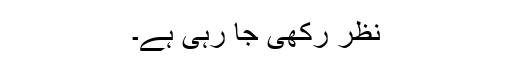
نظر رکھی جا رہی ہے۔